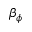
\beta _ { \phi }